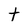
Character: t